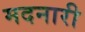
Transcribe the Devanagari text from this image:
मदनारी